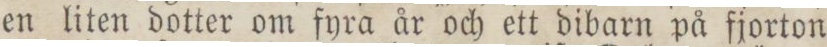
en liten dotter om fyra år och ett dibarn på fjorton